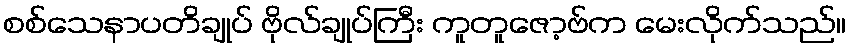
စစ်သေနာပတိချုပ် ဗိုလ်ချုပ်ကြီး ကူတူဇော့ဗ်က မေးလိုက်သည်။